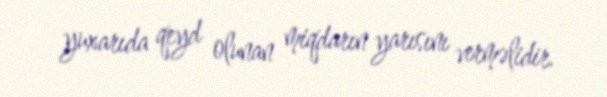
yuxarıda qeyd olunan miqdarın yarısını verməlidir.